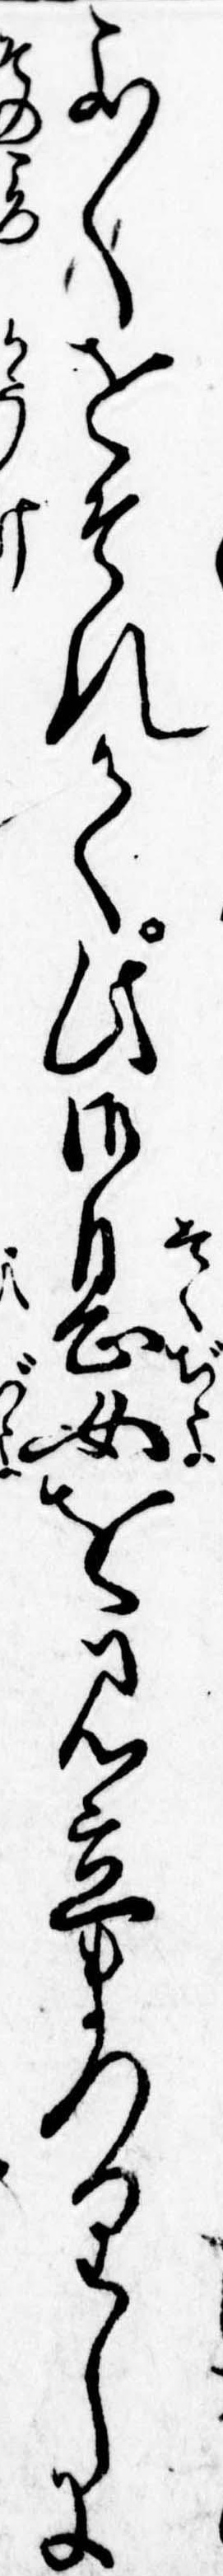
よ〱をそれて此御息女を見立まつりしに